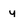
Character: y